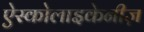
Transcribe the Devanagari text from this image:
ऐस्कोलाइकेनीज़